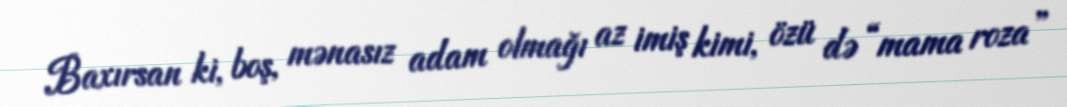
Baxırsan ki, boş, mənasız adam olmağı az imiş kimi, özü də “mama roza”